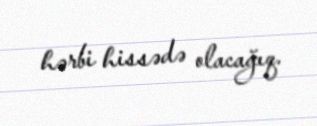
hərbi hissədə olacağıq.